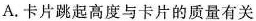
A. 卡片跳起高度与卡片的质量有关